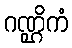
ဂဏ္ဌိကံ